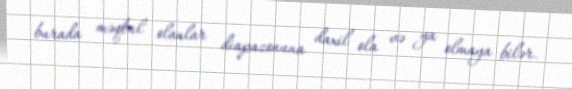
burada məqbul olanlar diapazonuna daxil ola və ya olmaya bilər.